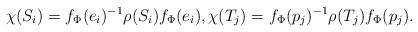
\begin{align*}\chi(S_{i})= f_{\Phi}(e_{i})^{-1}\rho(S_{i})f_{\Phi}(e_{i}), \chi(T_{j})= f_{\Phi}(p_{j})^{-1}\rho(T_{j})f_{\Phi}(p_{j}).\end{align*}